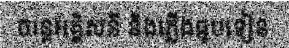
ចរន្តអគ្គិសនី និងភ្លើងធូបទៀន